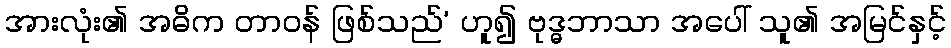
အားလုံး၏ အဓိက တာဝန် ဖြစ်သည်’ ဟူ၍ ဗုဒ္ဓဘာသာ အပေါ် သူ၏ အမြင်နှင့်